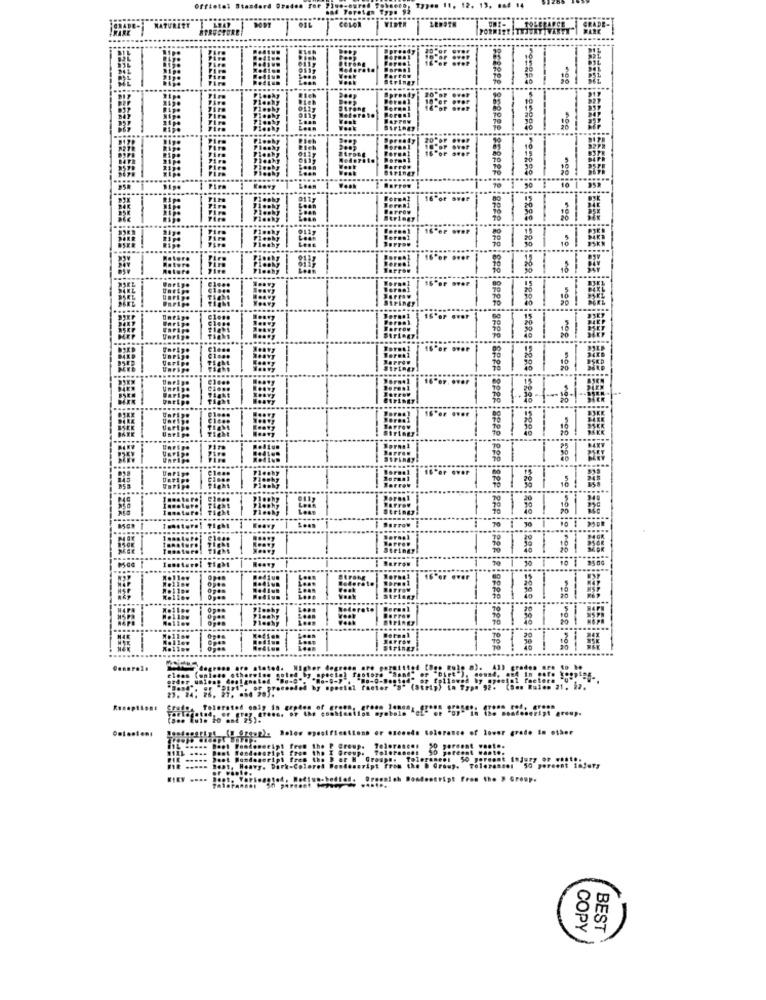
22
....::!!
201 30 101 2500
Crudo, Tolerated eniy in
tolerance of lower grade in other
jorg
Mescript From the > Group.
COPY
BEST